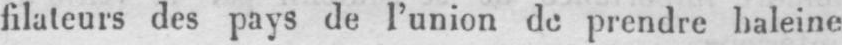
filateurs des pays de l’union de prendre baleine